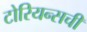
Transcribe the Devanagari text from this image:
टोरियन्सची